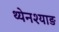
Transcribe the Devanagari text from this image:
थ्येनश्याङ